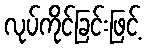
လုပ်ကိုင်ခြင်းဖြင့်